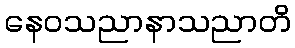
နေဝသညာနာသညာတိ